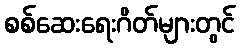
စစ်ဆေးရေးဂိတ်များတွင်